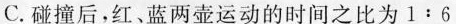
C.碰撞后，红、蓝两壶运动的时间之比为1﹔6